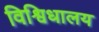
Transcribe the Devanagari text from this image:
विश्विधालय